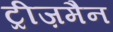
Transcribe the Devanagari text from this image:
ट्रीज़मैन